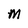
Character: m